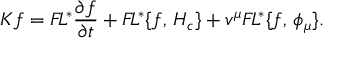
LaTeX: K f = { \cal F } \! L ^ { * } { \frac { \partial f } { \partial t } } + { \cal F } \! L ^ { * } \{ f , \, H _ { c } \} + v ^ { \mu } { \cal F } \! L ^ { * } \{ f , \, \phi _ { \mu } \} . \,